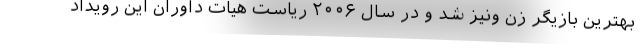
بهترین بازیگر زن ونیز شد و در سال ۲۰۰۶ ریاست هیات داوران این رویداد